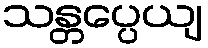
သန္တပ္ပေယျ